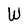
Character: W